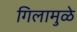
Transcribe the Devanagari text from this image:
गिलामुळे